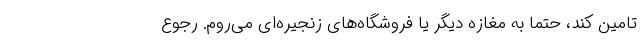
تامین کند، حتما به مغازه دیگر یا فروشگاه‌های زنجیره‌ای می‌روم. رجوع